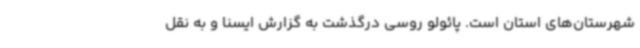
شهرستان‌های استان است. پائولو روسی درگذشت به گزارش ایسنا و به نقل